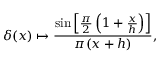
\delta ( x ) \mapsto { \frac { \sin \left[ { \frac { \pi } { 2 } } \left( 1 + { \frac { x } { h } } \right) \right] } { \pi ( x + h ) } } ,